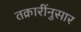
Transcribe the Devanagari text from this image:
तक्रारींनुसार